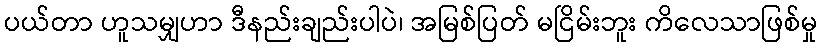
ပယ်တာ ဟူသမျှဟာ ဒီနည်းချည်းပါပဲ၊ အမြစ်ပြတ် မငြိမ်းဘူး ကိလေသာဖြစ်မှု